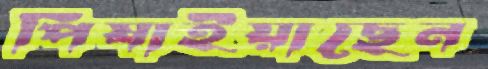
পিষাইয়াছেন